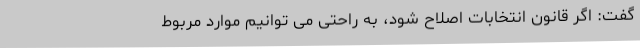
گفت: اگر قانون انتخابات اصلاح شود، به راحتی می توانیم موارد مربوط